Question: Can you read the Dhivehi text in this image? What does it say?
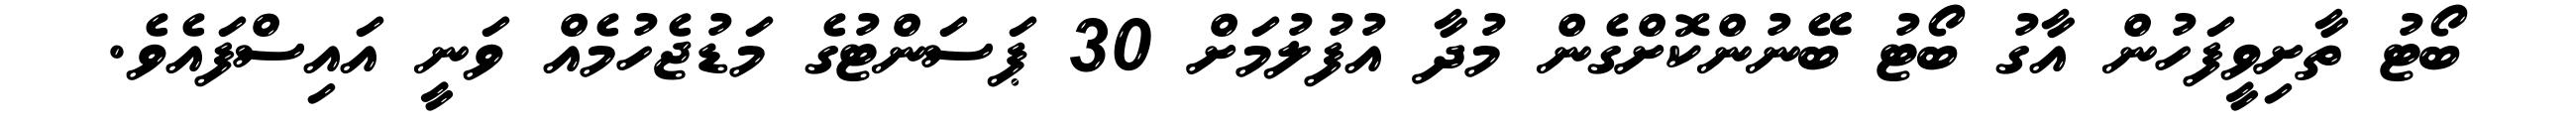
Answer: ބޯޓު ތާށިވީފަހުން އާގު ބޯޓު ބޭނުންކޮށްގެން މުދާ އުފުލުމަށް 30 ޕަސަންޓުގެ މަޑުޖެހުމެއް ވަނީ އައިސްފައެވެ.